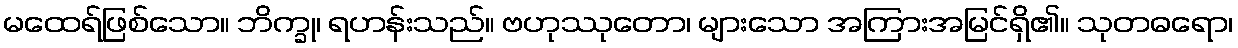
မထေရ်ဖြစ်သော။ ဘိက္ခု၊ ရဟန်းသည်။ ဗဟုဿုတော၊ များသော အကြားအမြင်ရှိ၏။ သုတဓရော၊